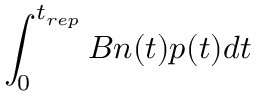
\int _ { 0 } ^ { t _ { r e p } } B n ( t ) p ( t ) d t